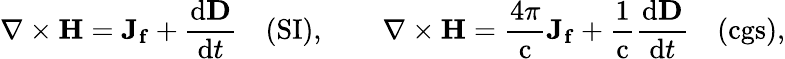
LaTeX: \nabla\times\mathbf{H}=\mathbf{J_{f}}+{\frac{\mathrm{d}\mathbf{D}}{\mathrm{d}t}}\quad{\mathrm{(SI)}},\qquad\nabla\times\mathbf{H}={\frac{4\pi}{\mathrm{c}}}\mathbf{J_{f}}+{\frac{1}{\mathrm{c}}}{\frac{\mathrm{d}\mathbf{D}}{\mathrm{d}t}}\quad{\mathrm{(cgs)}},